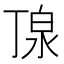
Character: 𪵿